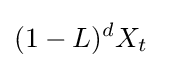
(1-L)^{d}X_{t}\